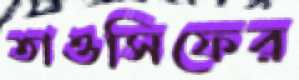
তাওসিফের